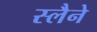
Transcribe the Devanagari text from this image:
स्लैने